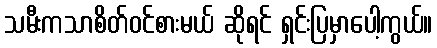
သမီးကသာစိတ်ဝင်စားမယ် ဆိုရင် ရှင်းပြမှာပေါ့ကွယ်။